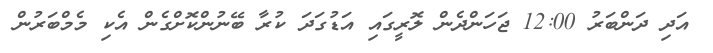
އަދި ދަންބަރު 12:00 ޖަހަންދެން ލޮރީގައި އަޑުގަދަ ކުރާ ބޭނުންކޮށްގެން އެކި މެމްބަރުން